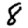
Digit: 8